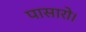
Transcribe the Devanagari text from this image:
पासारो।